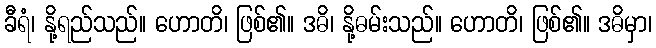
ခီရံ၊ နို့ရည်သည်။ ဟောတိ၊ ဖြစ်၏။ ဒဓိ၊ နို့ဓမ်းသည်။ ဟောတိ၊ ဖြစ်၏။ ဒဓိမှာ၊